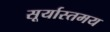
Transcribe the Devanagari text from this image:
सूर्यास्तमय